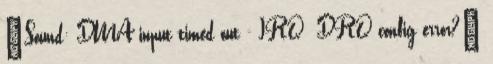
"Sound: DMA input timed out - IRQ DRQ config error?"